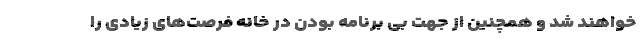
خواهند شد و همچنین از جهت بی برنامه بودن در خانه فرصت‌های زیادی را